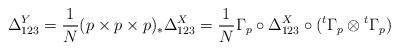
LaTeX: \begin{align*}\Delta^Y_{123} =\frac{1}{N} (p\times p\times p)_*\Delta^X_{123} =\frac{1}{N}\Gamma_p\circ\Delta^X_{123} \circ ({}^t\Gamma_p\otimes {}^t\Gamma_p)\end{align*}